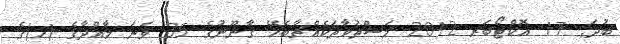
ބުދަ